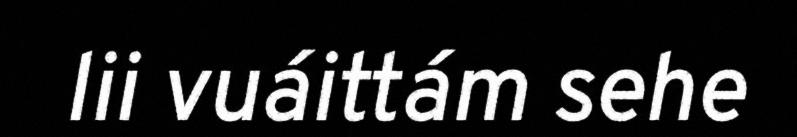
lii vuáittám sehe